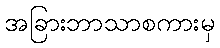
အခြားဘာသာစကားမှ